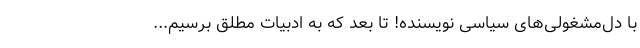
با دل‌مشغولی‌های سیاسی نویسنده! تا بعد که به ادبیات مطلق برسیم...